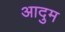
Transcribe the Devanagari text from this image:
आदुम